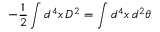
- \frac { 1 } { 2 } \int d ^ { 4 } x \, D ^ { 2 } = \int d ^ { 4 } x \, d ^ { 2 } \theta